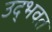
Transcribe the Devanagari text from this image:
उद्‌भवत